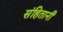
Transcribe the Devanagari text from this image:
संहितानी